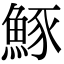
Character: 𫙠